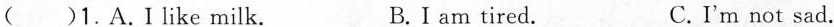
( )1.A.I like milk. B.I am tired. C.I'm not sad.